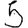
Digit: 5